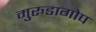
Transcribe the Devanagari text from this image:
मुरुडागोप